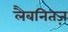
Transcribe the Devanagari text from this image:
लैबनितज़